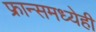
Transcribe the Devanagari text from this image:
फ्रान्समध्येही